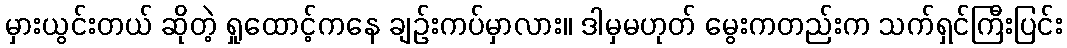
မှားယွင်းတယ် ဆိုတဲ့ ရှုထောင့်ကနေ ချဉ်းကပ်မှာလား။ ဒါမှမဟုတ် မွေးကတည်းက သက်ရှင်ကြီးပြင်း